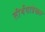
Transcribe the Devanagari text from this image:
तीर्थयात्रेकरू